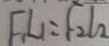
F _ { 1 } L _ { 1 } = F _ { 2 } l _ { 2 }